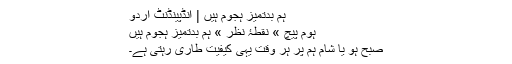
ہم بدتمیز ہجوم ہیں | انڈپینڈنٹ اردو
ہوم پیچ » نقطۂ نظر » ہم بدتمیز ہجوم ہیں
صبح ہو یا شام ہم پر ہر وقت یہی کیفیت طاری رہتی ہے۔